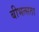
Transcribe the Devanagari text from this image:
बीभत्सता